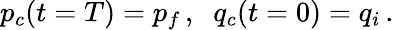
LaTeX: p_{c}(t=T)=p_{f}\, ,\; \; q_{c}(t=0)=q_{i}\, .